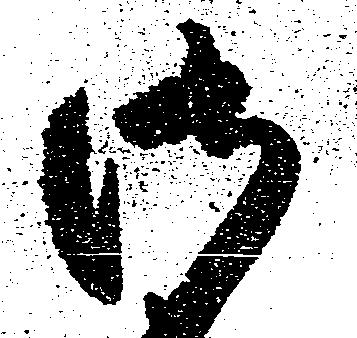
御